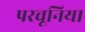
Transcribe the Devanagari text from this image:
परचूनिया